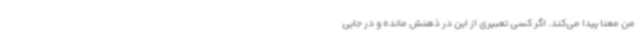
من معنا پیدا می‌کند. اگر کسی تعبیری از این در ذهنش مانده و در جایی